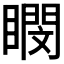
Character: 𪾽